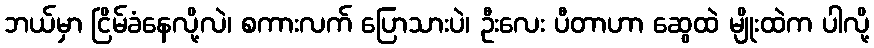
ဘယ်မှာ ငြိမ်ခံနေလို့လဲ၊ စကားလက် ပြောသားပဲ၊ ဦးလေး ပီတာဟာ ဆွေထဲ မျိုးထဲက ပါလို့